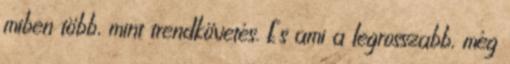
miben több, mint trendkövetés. És ami a legrosszabb, még